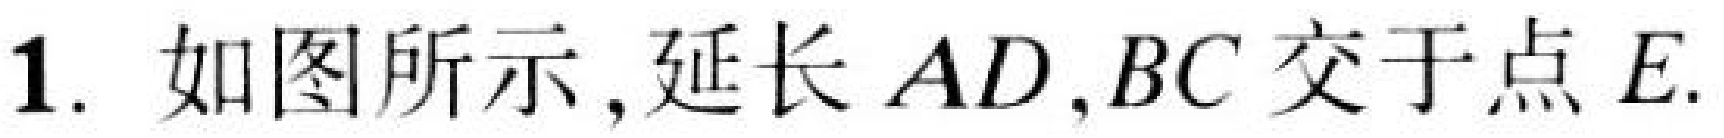
1. 如图所示,延长 \(AD,BC\) 交于点 \(E\).